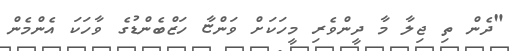
"ދެން ތި ޖިލާ މާ ދީންވެރި މީހަކަށް ވަންޏާ ހަޒްބެންޑުގެ ވާހަކަ އެންމެން